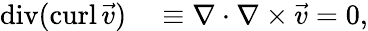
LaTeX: \begin{array}{rl}{\operatorname{div}(\operatorname{curl}{\vec{v}})}&{{}\equiv\nabla\cdot\nabla\times{\vec{v}}=0,}\end{array}